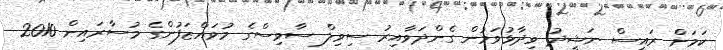
ކަމަށް ރައީސް ނަޝީދު ވިދާޅުވަމުން ގެންދަވާއިރު ސިވިލް ސާވިސްގެ މުވައްޒަފުންގެ މުސާރައިން 2010